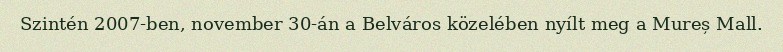
Szintén 2007-ben, november 30-án a Belváros közelében nyílt meg a Mureș Mall.